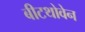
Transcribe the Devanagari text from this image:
बीटथोवेन